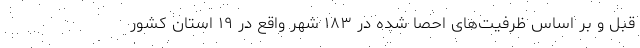
قبل و بر اساس ظرفیت‌های احصا شده در ۱۸۳ شهر واقع در ۱۹ استان کشور